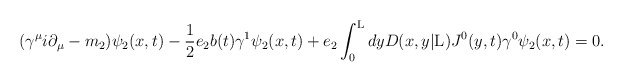
\begin{align*}({\gamma}^{\mu} i{\partial}_{\mu} -m_2) {\psi}_2(x,t)- \frac{1}{2} e_2 b(t) {\gamma}^1 {\psi}_2(x,t)+ e_2 \int_{0}^{\rm L} dy D(x,y|{\rm L}) J^0(y,t){\gamma}^0 {\psi}_2(x,t) =0.\end{align*}